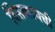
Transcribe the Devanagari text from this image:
विसळायची